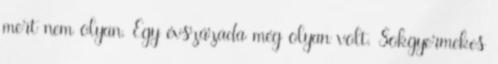
mert nem olyan. Egy évszázada még olyan volt. Sokgyermekes